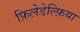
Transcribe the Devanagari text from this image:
फ़िलेडेल्फ़िया